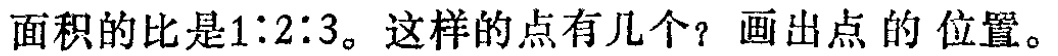
面积的比是1∶2∶3。这样的点有几个？画出点的位置。